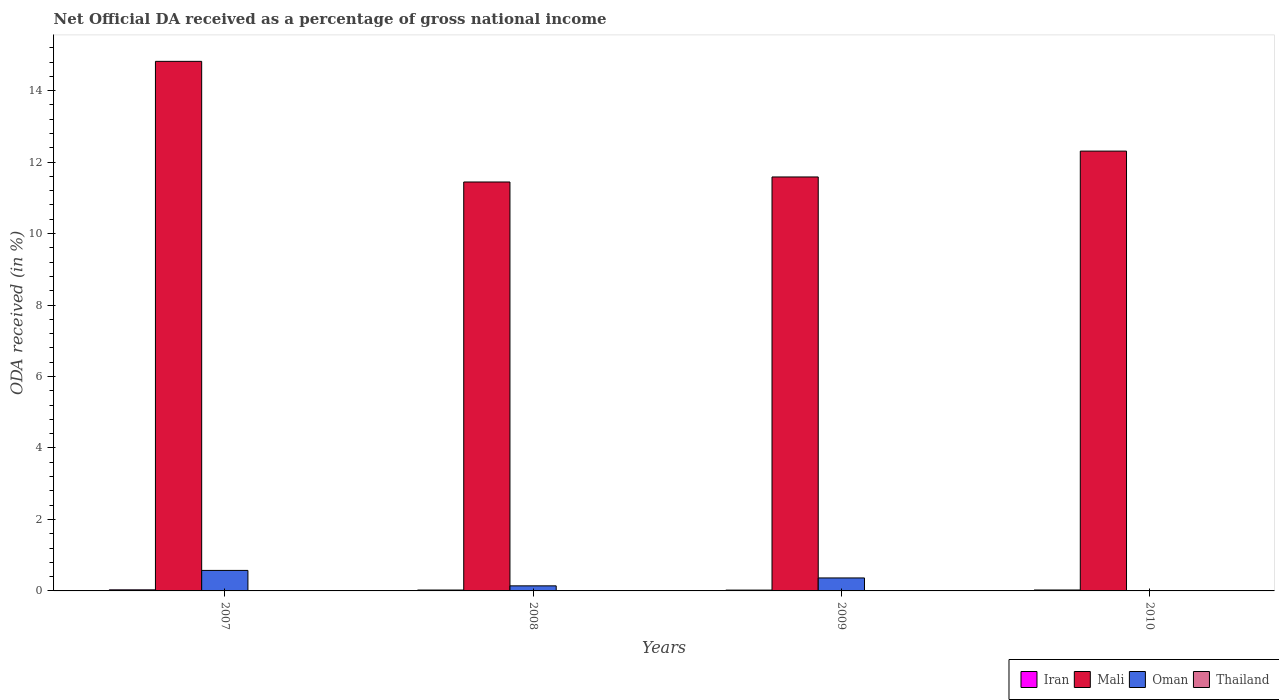
| Years | Iran | Mali | Oman | Thailand |
 | --- | --- | --- | --- | --- |
 | 2007 | 0.0302 | 14.8 | 0.574 | -0.122 |
 | 2008 | 0.0247 | 11.4 | 0.142 | -0.219 |
 | 2009 | 0.0231 | 11.6 | 0.363 | -0.0286 |
 | 2010 | 0.0259 | 12.3 | -0.0432 | -0.0035 |